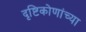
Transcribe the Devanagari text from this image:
दृष्टिकोणांच्या